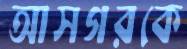
আসগরকে